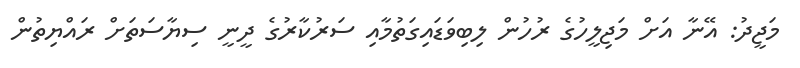
މަޖީދު: އޭނާ އަށް މަޖިލީހުގެ ރުހުން ލިބިވަޑައިގަތުމާއި ސަރުކާރުގެ ދީނީ ސިޔާސަތަށް ރައްޔިތުން